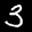
Label: 3